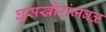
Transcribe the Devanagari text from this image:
घुसखोरांजवळ